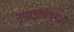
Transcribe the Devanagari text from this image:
नृपाड्गणगत